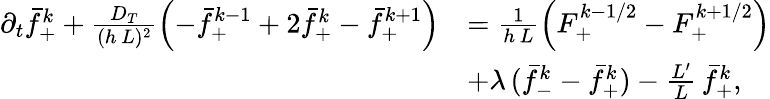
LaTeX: \begin{array}{rl}{\partial_{t}\bar{f}_{+}^{k}+\frac{D_{T}}{(h\, L)^{2}}\left(-\bar{f}_{+}^{k-1}+2\bar{f}_{+}^{k}-\bar{f}_{+}^{k+1}\right)}&{=\frac 1{h\, L}\left(F_{+}^{k-1/2}-F_{+}^{k+1/2}\right)}\\ &{+\lambda\, (\bar{f}_{-}^{k}-\bar{f}_{+}^{k})-\frac{L^{\prime}}{L}\, \bar{f}_{+}^{k},}\end{array}